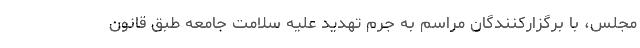
مجلس، با برگزارکنندگان مراسم به جرم تهدید علیه سلامت جامعه طبق قانون